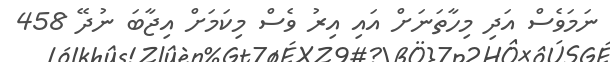
ނަމަވެސް އަދި މިހާތަނަށް އައި އިރު ވެސް މިކަމަށް އިޖާބަ ނުދޭ 458